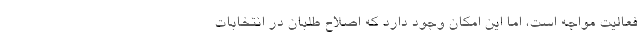
فعالیت مواجه است، اما این امکان وجود دارد که اصلاح طلبان در انتخابات